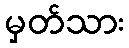
မှတ်သား